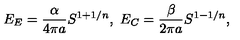
E _ { E } = { \frac { \alpha } { 4 \pi a } } S ^ { 1 + 1 / n } , \ E _ { C } = { \frac { \beta } { 2 \pi a } } S ^ { 1 - 1 / n } ,